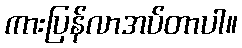
ကားပြန်လာအပ်တာပါ။